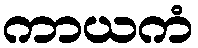
ကာယကံ